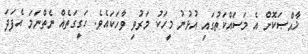
ޚާއްޞަކޮށް އެ މަސައްކަތުގައި އުޅުނު މީހަކު މަރުވި ވާހަކައެވެ. ހަގީގަތެއް ނެތްނަމަ އެފަދަ